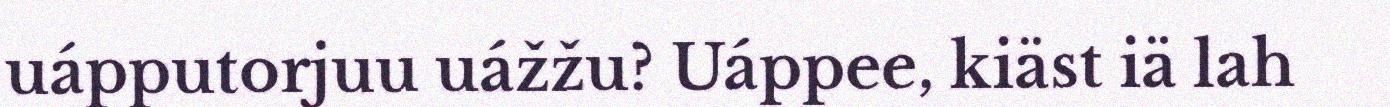
uápputorjuu uážžu? Uáppee, kiäst iä lah